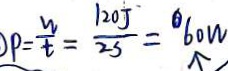
p = \frac { w } { t } = \frac { 1 2 0 J } { 2 s } = 6 0 w